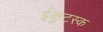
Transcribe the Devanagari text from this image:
ईकुटस्क